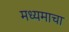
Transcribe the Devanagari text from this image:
मध्यमाचा